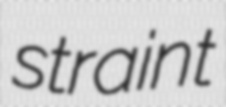
straint